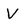
Character: V